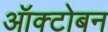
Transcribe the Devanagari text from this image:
ऑक्टोबन